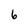
Character: 6